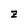
Character: z